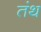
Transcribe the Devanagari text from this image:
तंथ